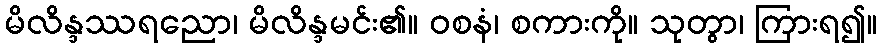
မိလိန္ဒဿရညော၊ မိလိန္ဒမင်း၏။ ဝစနံ၊ စကားကို။ သုတွာ၊ ကြားရ၍။